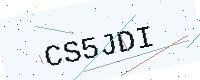
Text: CS5JDI